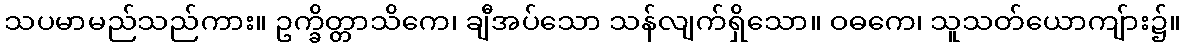
သပမာမည်သည်ကား။ ဥက္ခိတ္တာသိကေ၊ ချီအပ်သော သန်လျက်ရှိသော။ ဝဓကေ၊ သူသတ်ယောကျ်ား၌။